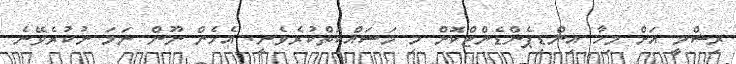
ރިޝްމީ އަށް މިހާ އިންޑިޕެންޑެންޓްކޮށް މި މަސައްކަތްކުރެވެނީ. އެހެން ނޫން ނަމަ ނުކުރެވޭނެ